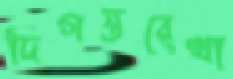
দিগন্তরেখা